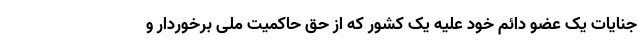
جنایات یک عضو دائم خود علیه یک کشور که از حق حاکمیت ملی برخوردار و